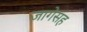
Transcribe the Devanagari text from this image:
जागेसह